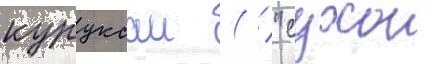
куруксаи ( / "сухои